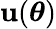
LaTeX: \mathbf{u}(\boldsymbol{\theta})